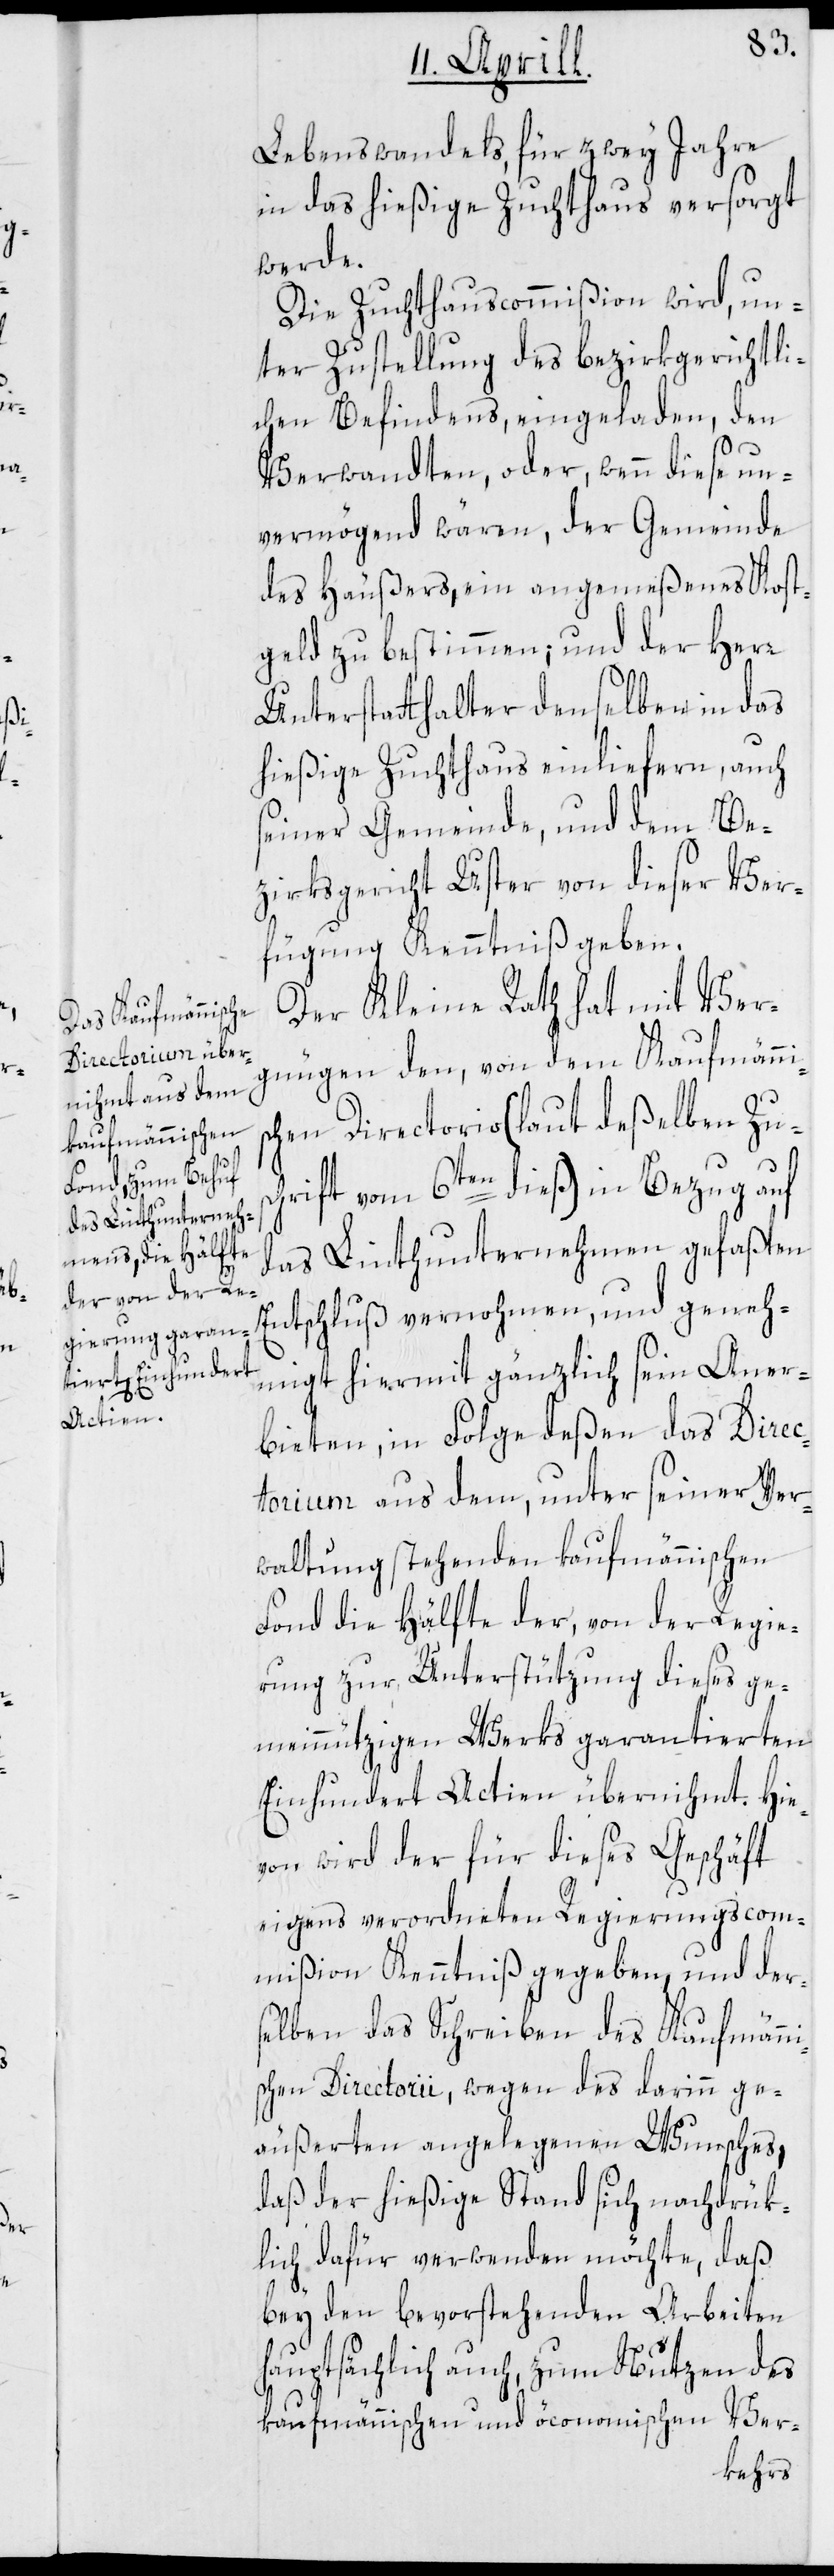
i¬

Lebenswandels, für zwey Jahre
in das hießige Zuchthaus versorgt
werde.
Die Zuchthauscommißion wird, un¬
ter Zustellung des bezirksgerichtli¬
chen Befindens, eingeladen, den
Verwandten, oder, wenn diese un¬
vermögend wären, der Gemeinde
des Häußers, ein angemeßenes Kost¬
geld zu bestimmen; und der Herr
Unterstatthalter denselben in das
hießige Zuchthaus einliefern, auch
seiner Gemeinde, und dem Be¬
zirksgericht Uster von dieser Ver¬
fügung Kenntniß geben.
Der Kleine Rath hat mit Ver¬
gnügen den, von dem Kaufmänni¬
chen Directorio (laut deßelben Zus¬
chrift vom 6ten dieß) in Bezug auf
das Linthunternehmen gefaßten
Entschluß vernohmen, und geneh¬
migt hiermit gänzlich sein Aner¬
bieten, in Folge deßen das Direc¬
torium aus dem, unter seiner Ver¬
waltung stehenden kaufmännischen
Fond die Hälfte der, von der Regie¬
rung zur Unterstützung dieses ge¬
meinnützigen Werks garantierten
Einhundert Actien übernihmt. Hie¬
von wird der für dieses Geschäft
eigens verordneten Regierungscom¬
mißion Kenntniß gegeben, und ders¬
elben das Schreiben des Kaufmänn¬
schen Directorii, wegen des darinn ge¬
äußerten angelegenen Wunsches,
daß der hießige Stand sich nachdrük¬
lich dafür verwenden möchte, daß
bey den bevorstehenden Arbeiten
hauptsächlich auch, zum Nutzen des
kaufmännischen und öconomischen Ver-